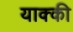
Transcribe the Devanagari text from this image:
याक्की